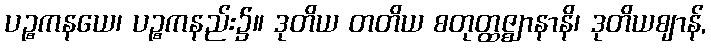
ပဉ္စကနယေ၊ ပဉ္စကနည်း၌။ ဒုတိယ တတိယ စတုတ္ထဇ္ဈာနာနိ၊ ဒုတိယဈာန်,